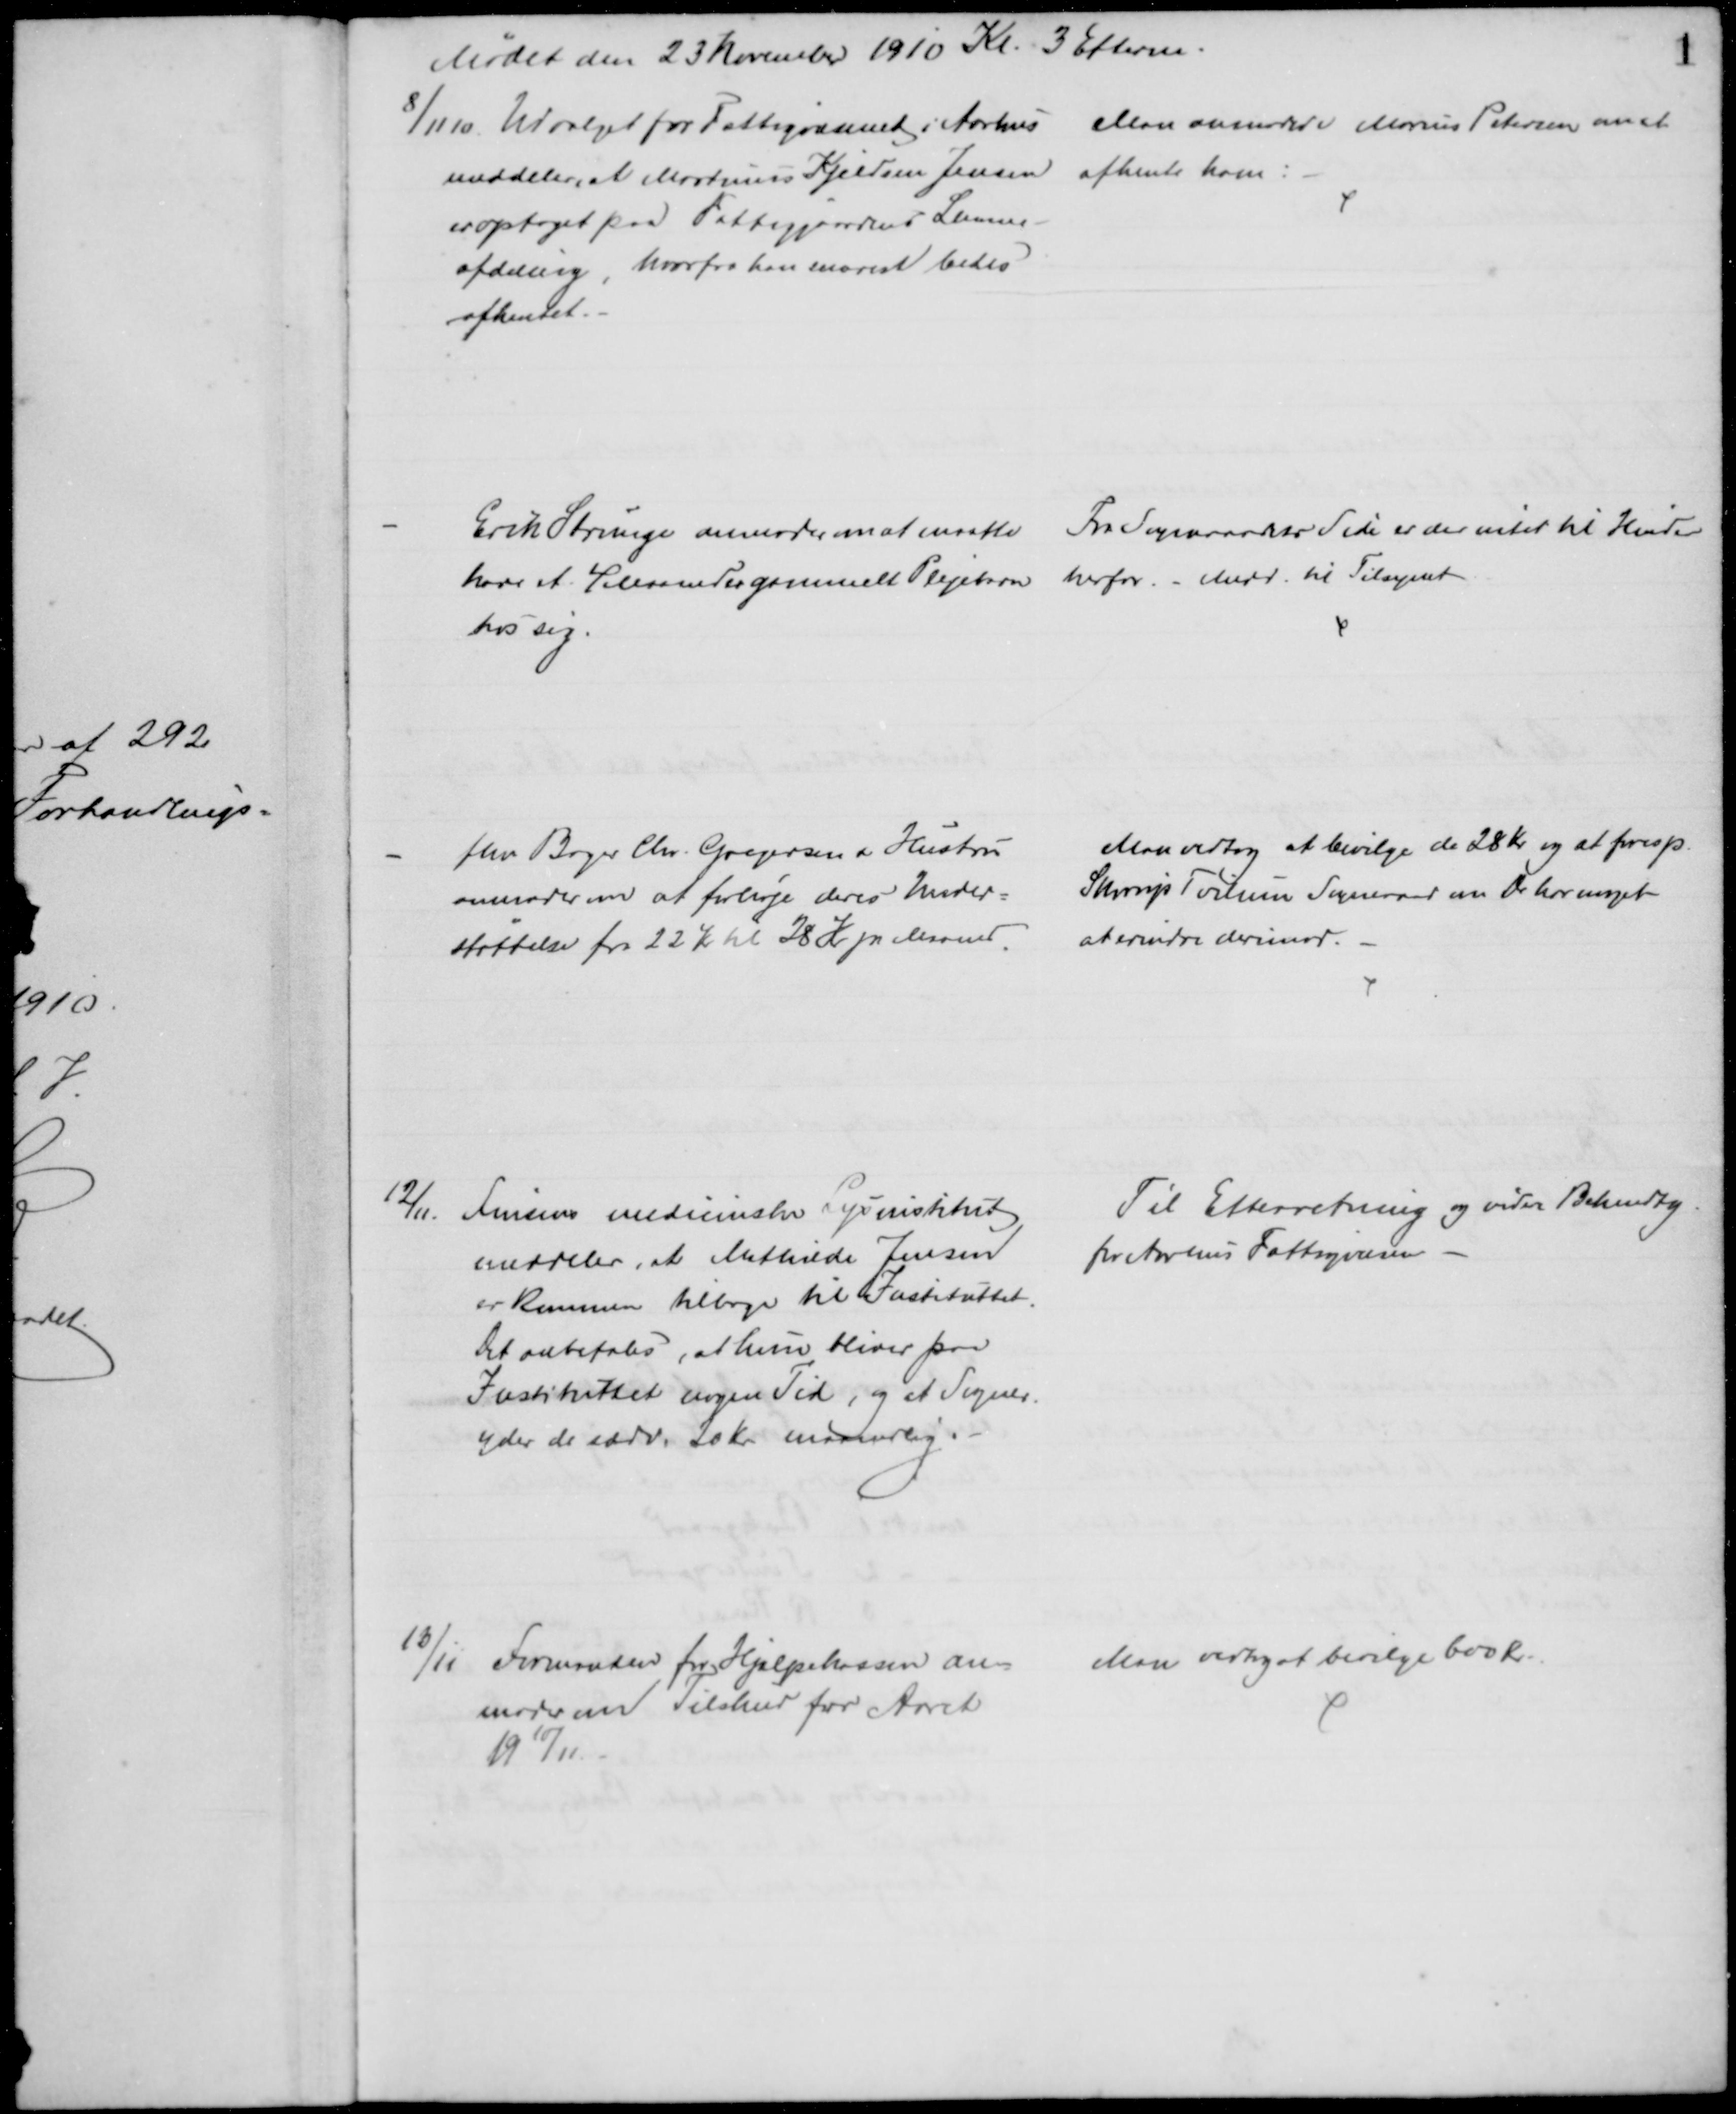
Transskription:
Mødet den 23 November 1910 Kl. 3 Efterm.
8/11 10. Udvalget for Fattigvæsenet i Aarhus
meddeler, at Martinus Kjeldsen Jensen 
er optaget paa Fattiggaardens Lemme-
afdeling, hvorfra han snarest bedes
afhentet.
Man anmoder Marius Petersen om at
afhente ham
Erik Strunge anmoder om at maatte
have et 4 Maaneder gammelt Plejebarn 
hos sig.
Fra Sogneraadets Side er der intet til Hinder
herfor. - Medd. til Tilsynet
fhv Bager Chr. Gregersen & Hustru
anmoder om at forhøje deres Under=
støttelse fra 22 Kr til 28 Kr pr Maaned.
Man vedtog at bevilge de 28 Kr og at foresp.
Skorup Tvilum Sogneraad om De har noget
at erindre derimod.
12/11 Finsens medicinske Lysinstitut
meddeler, at Mathilde Jensen
er kommen tilbage til Instituttet.
Det anbefales, at hun bliver paa
Instituttet nogen Tid, og et Sogner.
yder de sædv. 20 Kr. maanedlig.
Til Efterretning og videre Bekendtg.
for Aarhus Fattigvæsen 
13/11 Formanden for Hjælpekassen an=
moder om Tilskud for Aaret
1910/11.
Man vedtaget bevilge 600 Kr.